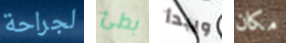
لجراحة بطئ ويبدأ مكان